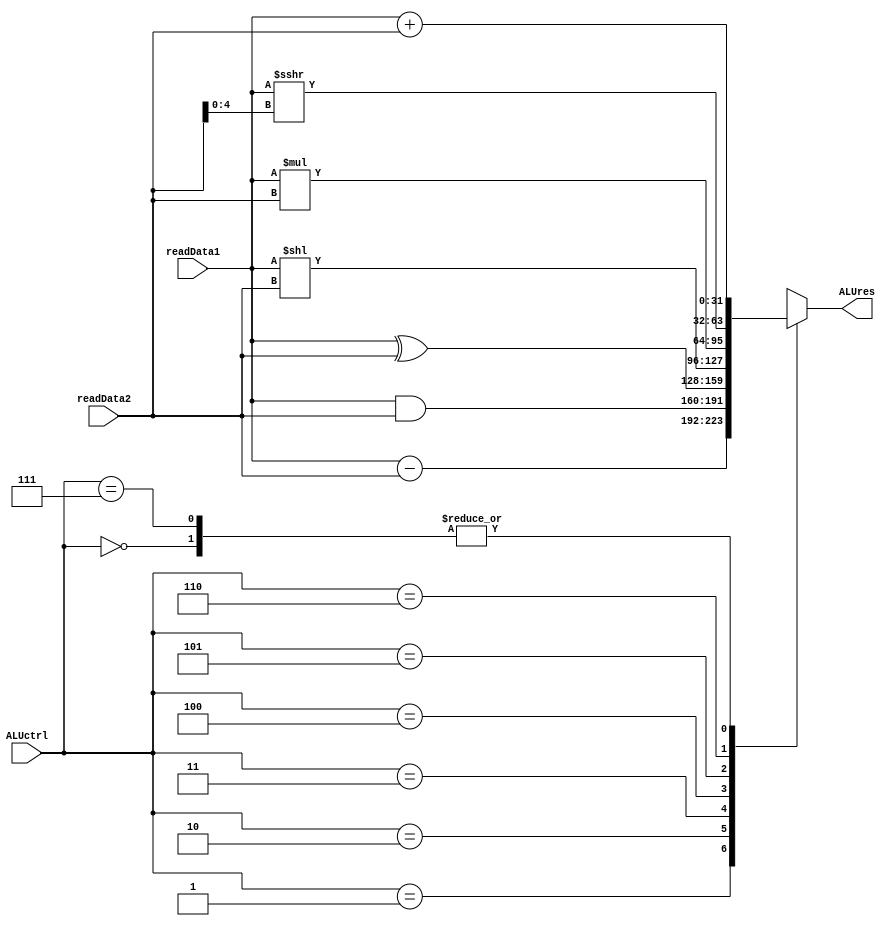
module ALU
(
  input [2:0] ALUctrl,
  input signed [31:0] readData1,
  input signed [31:0] readData2,
  output reg [31:0] ALUres
);
//add 000, sub 001, and 010, xor 011, sll 100, mul 101, srai 110, addi 111

always @(*) begin
  case(ALUctrl)
    3'b000: ALUres = readData1 + readData2;
    3'b001: ALUres = readData1 - readData2;
    3'b010: ALUres = readData1 & readData2;
    3'b011: ALUres = readData1 ^ readData2;
    3'b100: ALUres = readData1 << readData2;
    3'b101: ALUres = readData1 * readData2;
    3'b110: ALUres = readData1 >>> readData2[4:0];
    3'b111: ALUres = readData1 + readData2;
    default: ALUres = 32'b0;
  endcase
end

endmodule